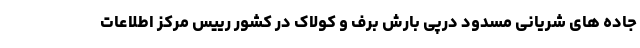
جاده های شریانی مسدود درپی بارش برف و کولاک در کشور رییس مرکز اطلاعات